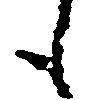
も